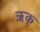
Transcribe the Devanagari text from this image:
ऋक्‌